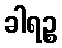
ခါရဉ္စ